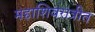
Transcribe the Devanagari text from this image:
महाशिवरात्रीत